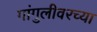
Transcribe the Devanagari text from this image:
गांगुलीवरच्या